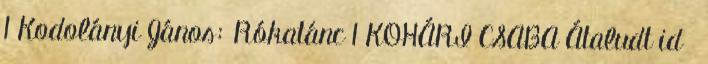
1 Kodolányi János: Rókatánc 1 KOHÁRI CSABA Átaludt id